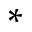
*